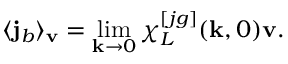
\langle { \bf j } _ { b } \rangle _ { \bf v } = \operatorname * { l i m } _ { { \bf k } \to 0 } \chi _ { L } ^ { [ j g ] } ( { \bf k } , 0 ) { \bf v } .